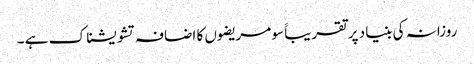
روزانہ کی بنیاد پر تقریباََ سو مریضوں کا اضافہ تشویشناک ہے ۔